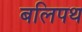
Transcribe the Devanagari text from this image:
बलिपथ